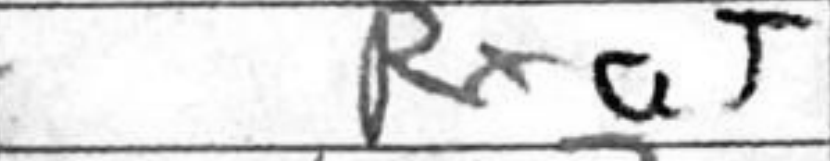
Transcription: Rxa5